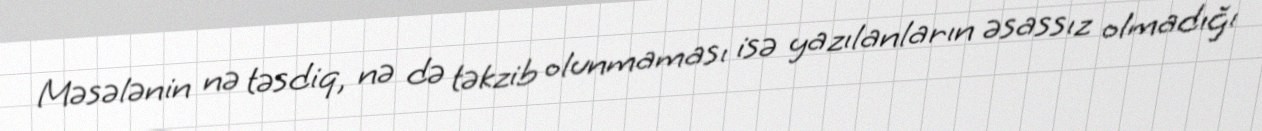
Məsələnin nə təsdiq, nə də təkzib olunmaması isə yazılanların əsassız olmadığı